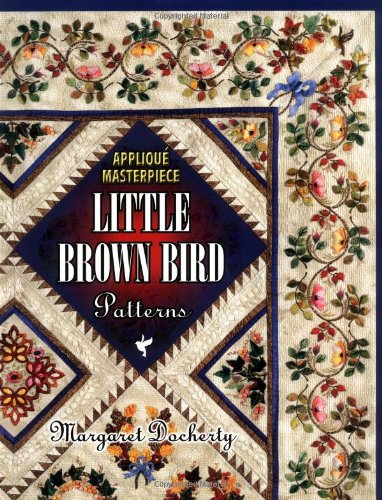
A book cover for Applique Masterpiece: Little Brown Bird Patterns; Margaret Docherty; Crafts, Hobbies & Home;